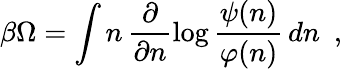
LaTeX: \beta\Omega=\int n\, \frac{\partial}{\partial n}\log\frac{\psi(n)}{\varphi(n)}\, dn\ \ ,